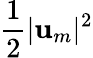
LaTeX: \frac{1}{2}|\mathbf{u}_{m}|^{2}